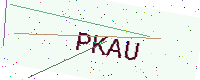
Text: PKAU